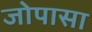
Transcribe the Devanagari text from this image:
जोपासा